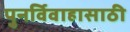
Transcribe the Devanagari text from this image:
पुनर्विवाहासाठी